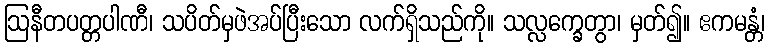
ဩနီတပတ္တပါဏီ၊ သပိတ်မှဖဲအပ်ပြီးသော လက်ရှိသည်ကို။ သလ္လက္ခေတွာ၊ မှတ်၍။ ဧကမန္တံ၊